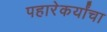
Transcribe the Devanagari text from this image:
पहारेकर्यांचा